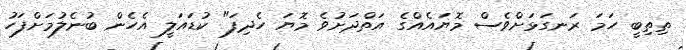
ތިތިބީ ހަމަ ރަނގަޅަށްވެސް މޮޔައެއްގެ އަތްދަށުވެ މޮޔަ ހެދިފަ" ކުޑައަލީ އެހެން ބުނެލުމަށްފަހު